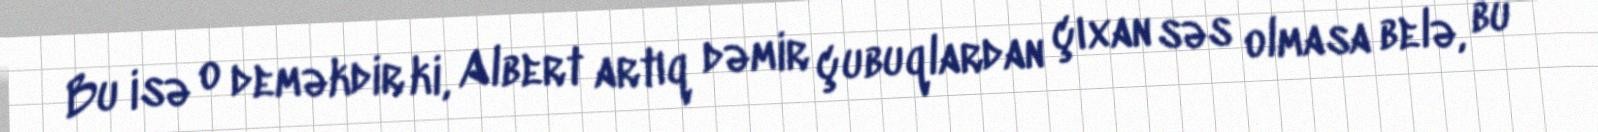
Bu isə o deməkdir ki, Albert artıq dəmir çubuqlardan çıxan səs olmasa belə, bu